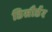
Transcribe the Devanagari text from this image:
डिसौर्डर